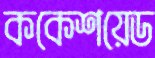
ককেশয়েড